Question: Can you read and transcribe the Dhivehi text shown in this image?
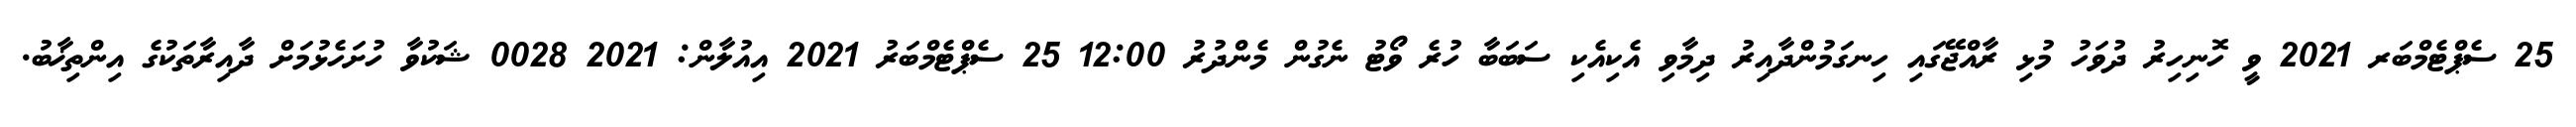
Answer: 25 ސެޕްޓެމްބަރ 2021 ވީ ހޮނިހިރު ދުވަހު މުޅި ރާއްޖޭގައި ހިނގަމުންދާއިރު ދިމާވި އެކިއެކި ސަބަބާ ހުރެ ވޯޓު ނެގުން މެންދުރު 12:00 25 ސެޕްޓެމްބަރު 2021 އިއުލާން: 2021 0028 ޝަކުވާ ހުށަހެޅުމަށް ދާއިރާތަކުގެ އިންތިޚާބު.